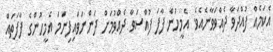
އެކަމެއް ފުއްދަވާ ދެއްވަވާނެއެވެ. އެމީހުން ފާފަ ފުއްސަވާ ދެއްވުމަށް ދަންނަވައިފިނަމަ އެމީހުންގެ ފާފަތައް